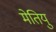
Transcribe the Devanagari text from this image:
मेतियु